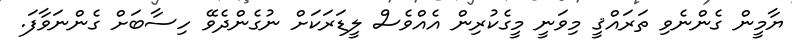
ޔާމީން ގެންނެވި ތަރައްޤީ މިވަނީ މީގެކުރިން އެއްވެސް ލީޑަރަކަށް ނުގެންދެވޭ ހިސާބަށް ގެންނަވާފަ.